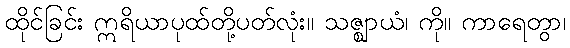
ထိုင်ခြင်း ဣရိယာပုထ်တို့ပတ်လုံး။ သဇ္ဈာယံ၊ ကို။ ကာရေတွာ၊